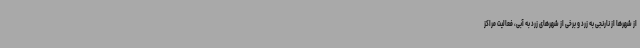
از شهرها از نارنجی به زرد و برخی از شهرهای زرد به آبی، فعالیت مراکز